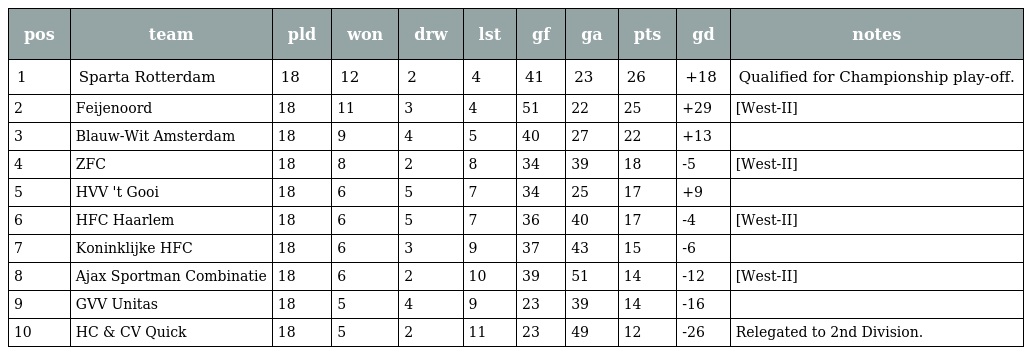
| pos | team | pld | won | drw | lst | gf | ga | pts | gd | notes |
 | --- | --- | --- | --- | --- | --- | --- | --- | --- | --- | --- |
 | 1 | Sparta Rotterdam | 18 | 12 | 2 | 4 | 41 | 23 | 26 | +18 | Qualified for Championship play-off. |
 | 2 | Feijenoord | 18 | 11 | 3 | 4 | 51 | 22 | 25 | +29 | [West-II] |
 | 3 | Blauw-Wit Amsterdam | 18 | 9 | 4 | 5 | 40 | 27 | 22 | +13 |  |
 | 4 | ZFC | 18 | 8 | 2 | 8 | 34 | 39 | 18 | -5 | [West-II] |
 | 5 | HVV 't Gooi | 18 | 6 | 5 | 7 | 34 | 25 | 17 | +9 |  |
 | 6 | HFC Haarlem | 18 | 6 | 5 | 7 | 36 | 40 | 17 | -4 | [West-II] |
 | 7 | Koninklijke HFC | 18 | 6 | 3 | 9 | 37 | 43 | 15 | -6 |  |
 | 8 | Ajax Sportman Combinatie | 18 | 6 | 2 | 10 | 39 | 51 | 14 | -12 | [West-II] |
 | 9 | GVV Unitas | 18 | 5 | 4 | 9 | 23 | 39 | 14 | -16 |  |
 | 10 | HC & CV Quick | 18 | 5 | 2 | 11 | 23 | 49 | 12 | -26 | Relegated to 2nd Division. |